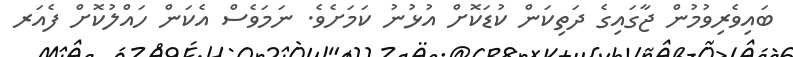
ބައިވެރިވުމުން ޖާގައިގެ ދަތިކަން ކުޑަކޮށް އުޅުނު ކަމަށެވެ. ނަމަވެސް އެކަން ހައްލުކޮށް ފެއަރ